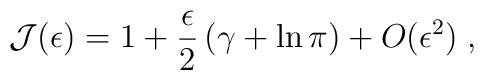
{\mathcal J}(\epsilon)= 1 + \frac{\epsilon}{2} \left( \gamma + \ln \pi \right)+ O(\epsilon^{2} )\;  ,